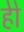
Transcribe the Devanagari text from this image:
हेेो